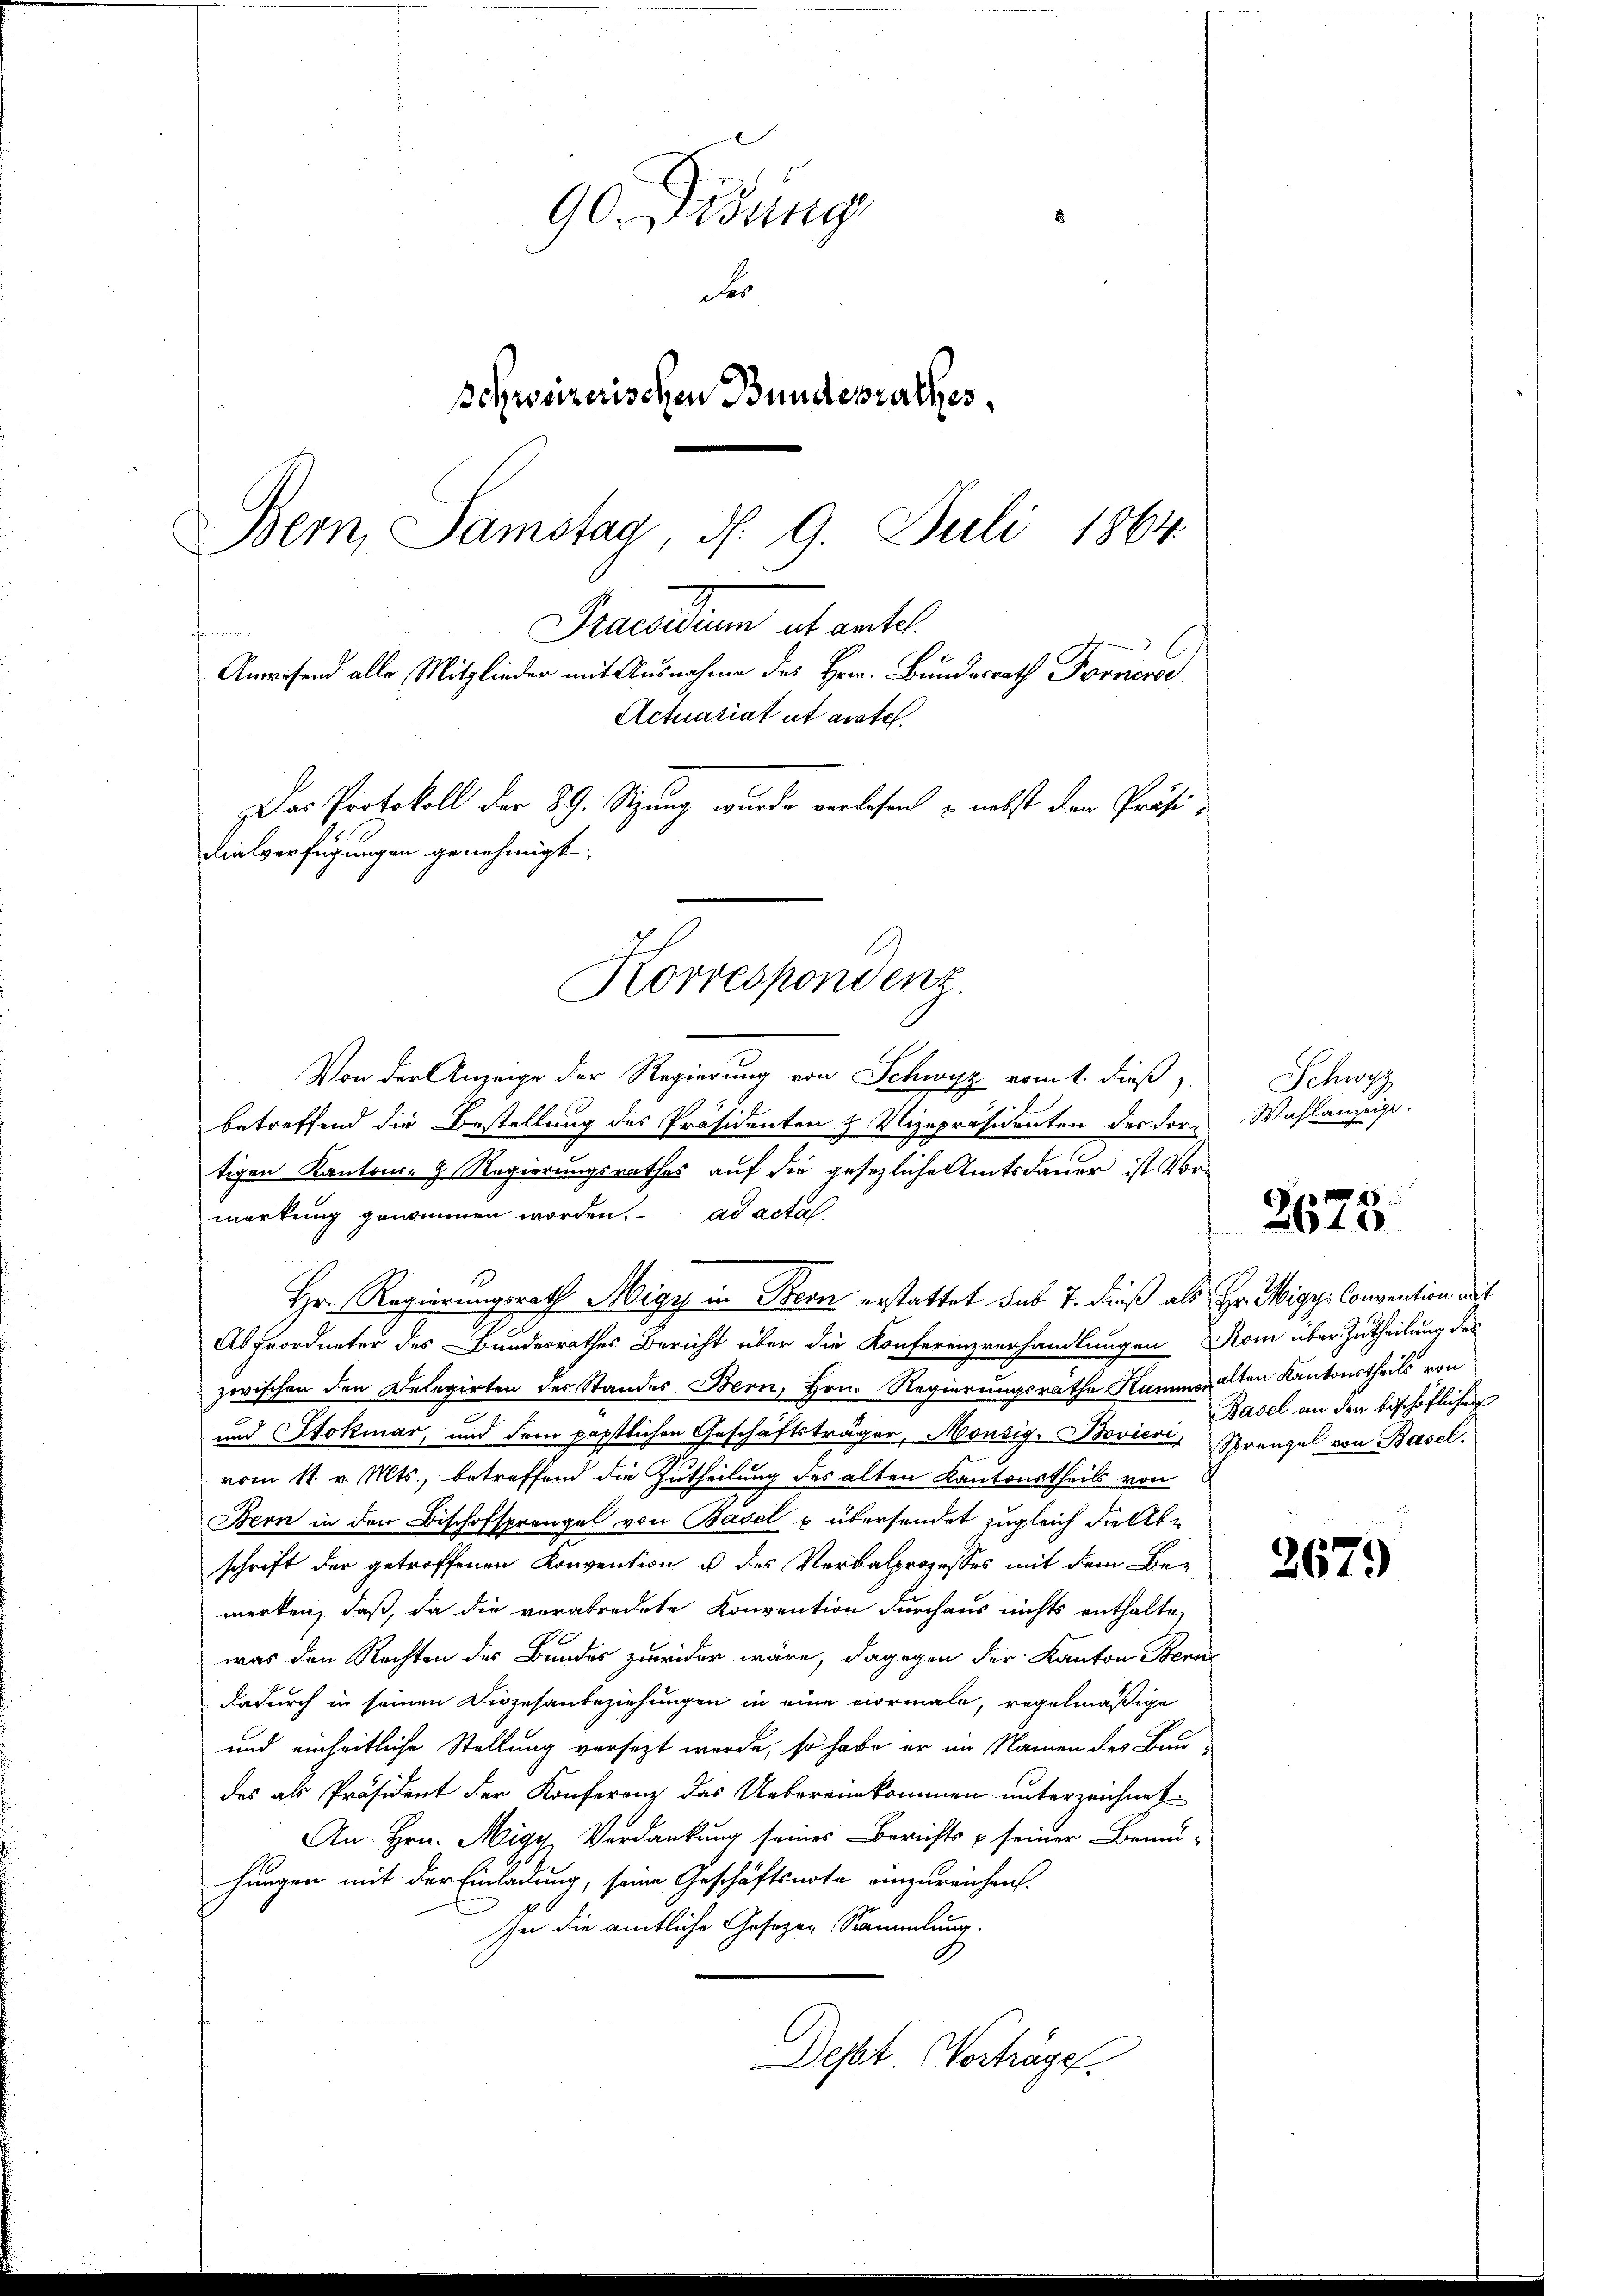
90. Didung
e
schweizerischen Bundesrathes,
Bern, Samstag, d. 9. Juli 1864
Praesidium ab antel
f
Anwesend alle Mitglieder mit Ausnahme des Hrn. Bundesrath Fornere,
Actuariat et austel
Das Protokoll der 89. Sitzung wurde verlesen, u. nebst den Präsidialverfügungen genehmigt.

Von der Anzeige der Regierung von Schwyz vom 1. dieß
betreffend die Bestellung des Präsidenten z. Vizepräsidenten des dortigen Kantons- & Regierungsrathes auf die gesezliche Amtsdauer ist Vormerkung genommen worden. ad acta
Hr. Regierungsrath Migy in Bern erstattet sub 7. dieß als Hr. Wigyi Convention mit
.
Abgeordneter des Bundesrathes Bericht über die Konferenzverhandlungen Rom über Zutheilung des
zwischen den Delegirten der Standes Bern, Hrn. Regierungsräthe Kummer alten Kantonstheils von
und Stokmar, und dem päpstlichen Geschäftsträger, Monsig. Bovieri, Strengel von Baselvom 11. v. Mts., betreffend die Zutheilung des alten Kantonstheils von
Bern in den Bischofsprengel von Basel u übersendet zugleich dabe
schrift der getroffenen Konvention u des Verbalprozesses mit dem Bemerken, daß, da die verabredete Konvention durchaus nichts enthalte,
was den Rechten des Bundes zuwider wäre, dagegen der Kanton Bern
dadurch in seinen Diözesanbeziehungen in eine vormale, regelmäßige
und einheitliche Stellung versezt werde, so habe er im Namen des Baudes als Präsident der Konferenz das Uebereinkommen unterzeichnet
An Hrn. Nigy Verdankung seines Berichts u seiner Bemühungen mit der Einladung, seine Geschäftsnote einzureichen.
In die amtliche Gesezen Sammlung.
Dept. Vorträge.

Korrespondenz

Schwyz
Wahlanzeige.

2675

Basel an den bischöflichen

2679